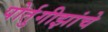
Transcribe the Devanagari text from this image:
पोर्तुगीझांचे